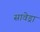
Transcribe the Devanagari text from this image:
सावेड्रा